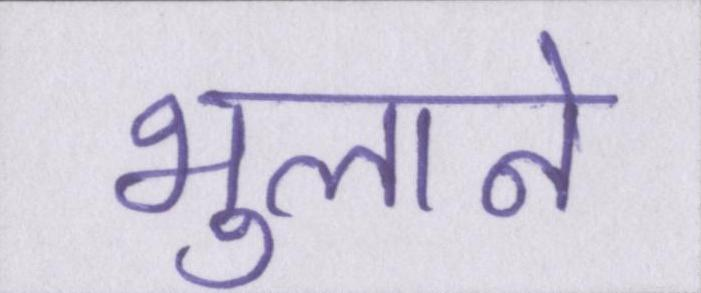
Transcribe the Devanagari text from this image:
भुलाने